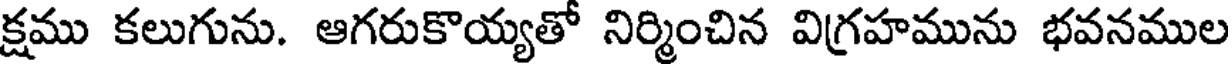
క్షము కలుగును. ఆగరుకొయ్యతో నిర్మించిన విగ్రహమును భవనముల